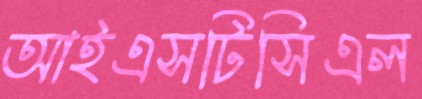
আইএসটিসিএল